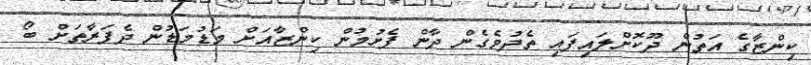
ކިންޒާގެ އަތުން ދޫކޮށްލައިފައި ތެދުވެގެން ދާން ފެށުމުން ކިންޒާއަށް މަޑުމަޑުން ދެފަރާތަށް ބޯ